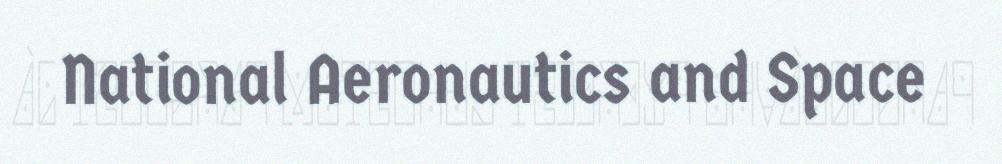
National Aeronautics and Space